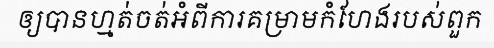
ឲ្យបានហ្មត់ចត់អំពីការគម្រាមកំហែងរបស់ពួក